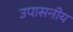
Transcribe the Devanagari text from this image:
उपासनीय